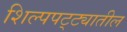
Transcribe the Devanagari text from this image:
शिल्पपट्ट्यातील